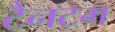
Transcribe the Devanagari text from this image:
टैनटम